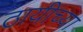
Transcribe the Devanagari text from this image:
ठायीच्या